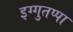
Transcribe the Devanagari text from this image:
इग्गुतप्पा